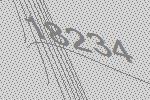
18234